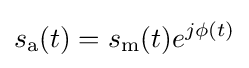
s_{\mathrm {a} }(t)=s_{\mathrm {m} }(t)e^{j\phi (t)}